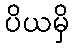
ပိယမှိ